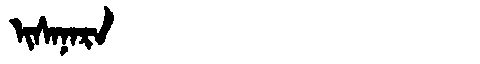
Manchu: ᡳᠰᠠᠨᠠᡵᠠ
Romanization: ISANARA